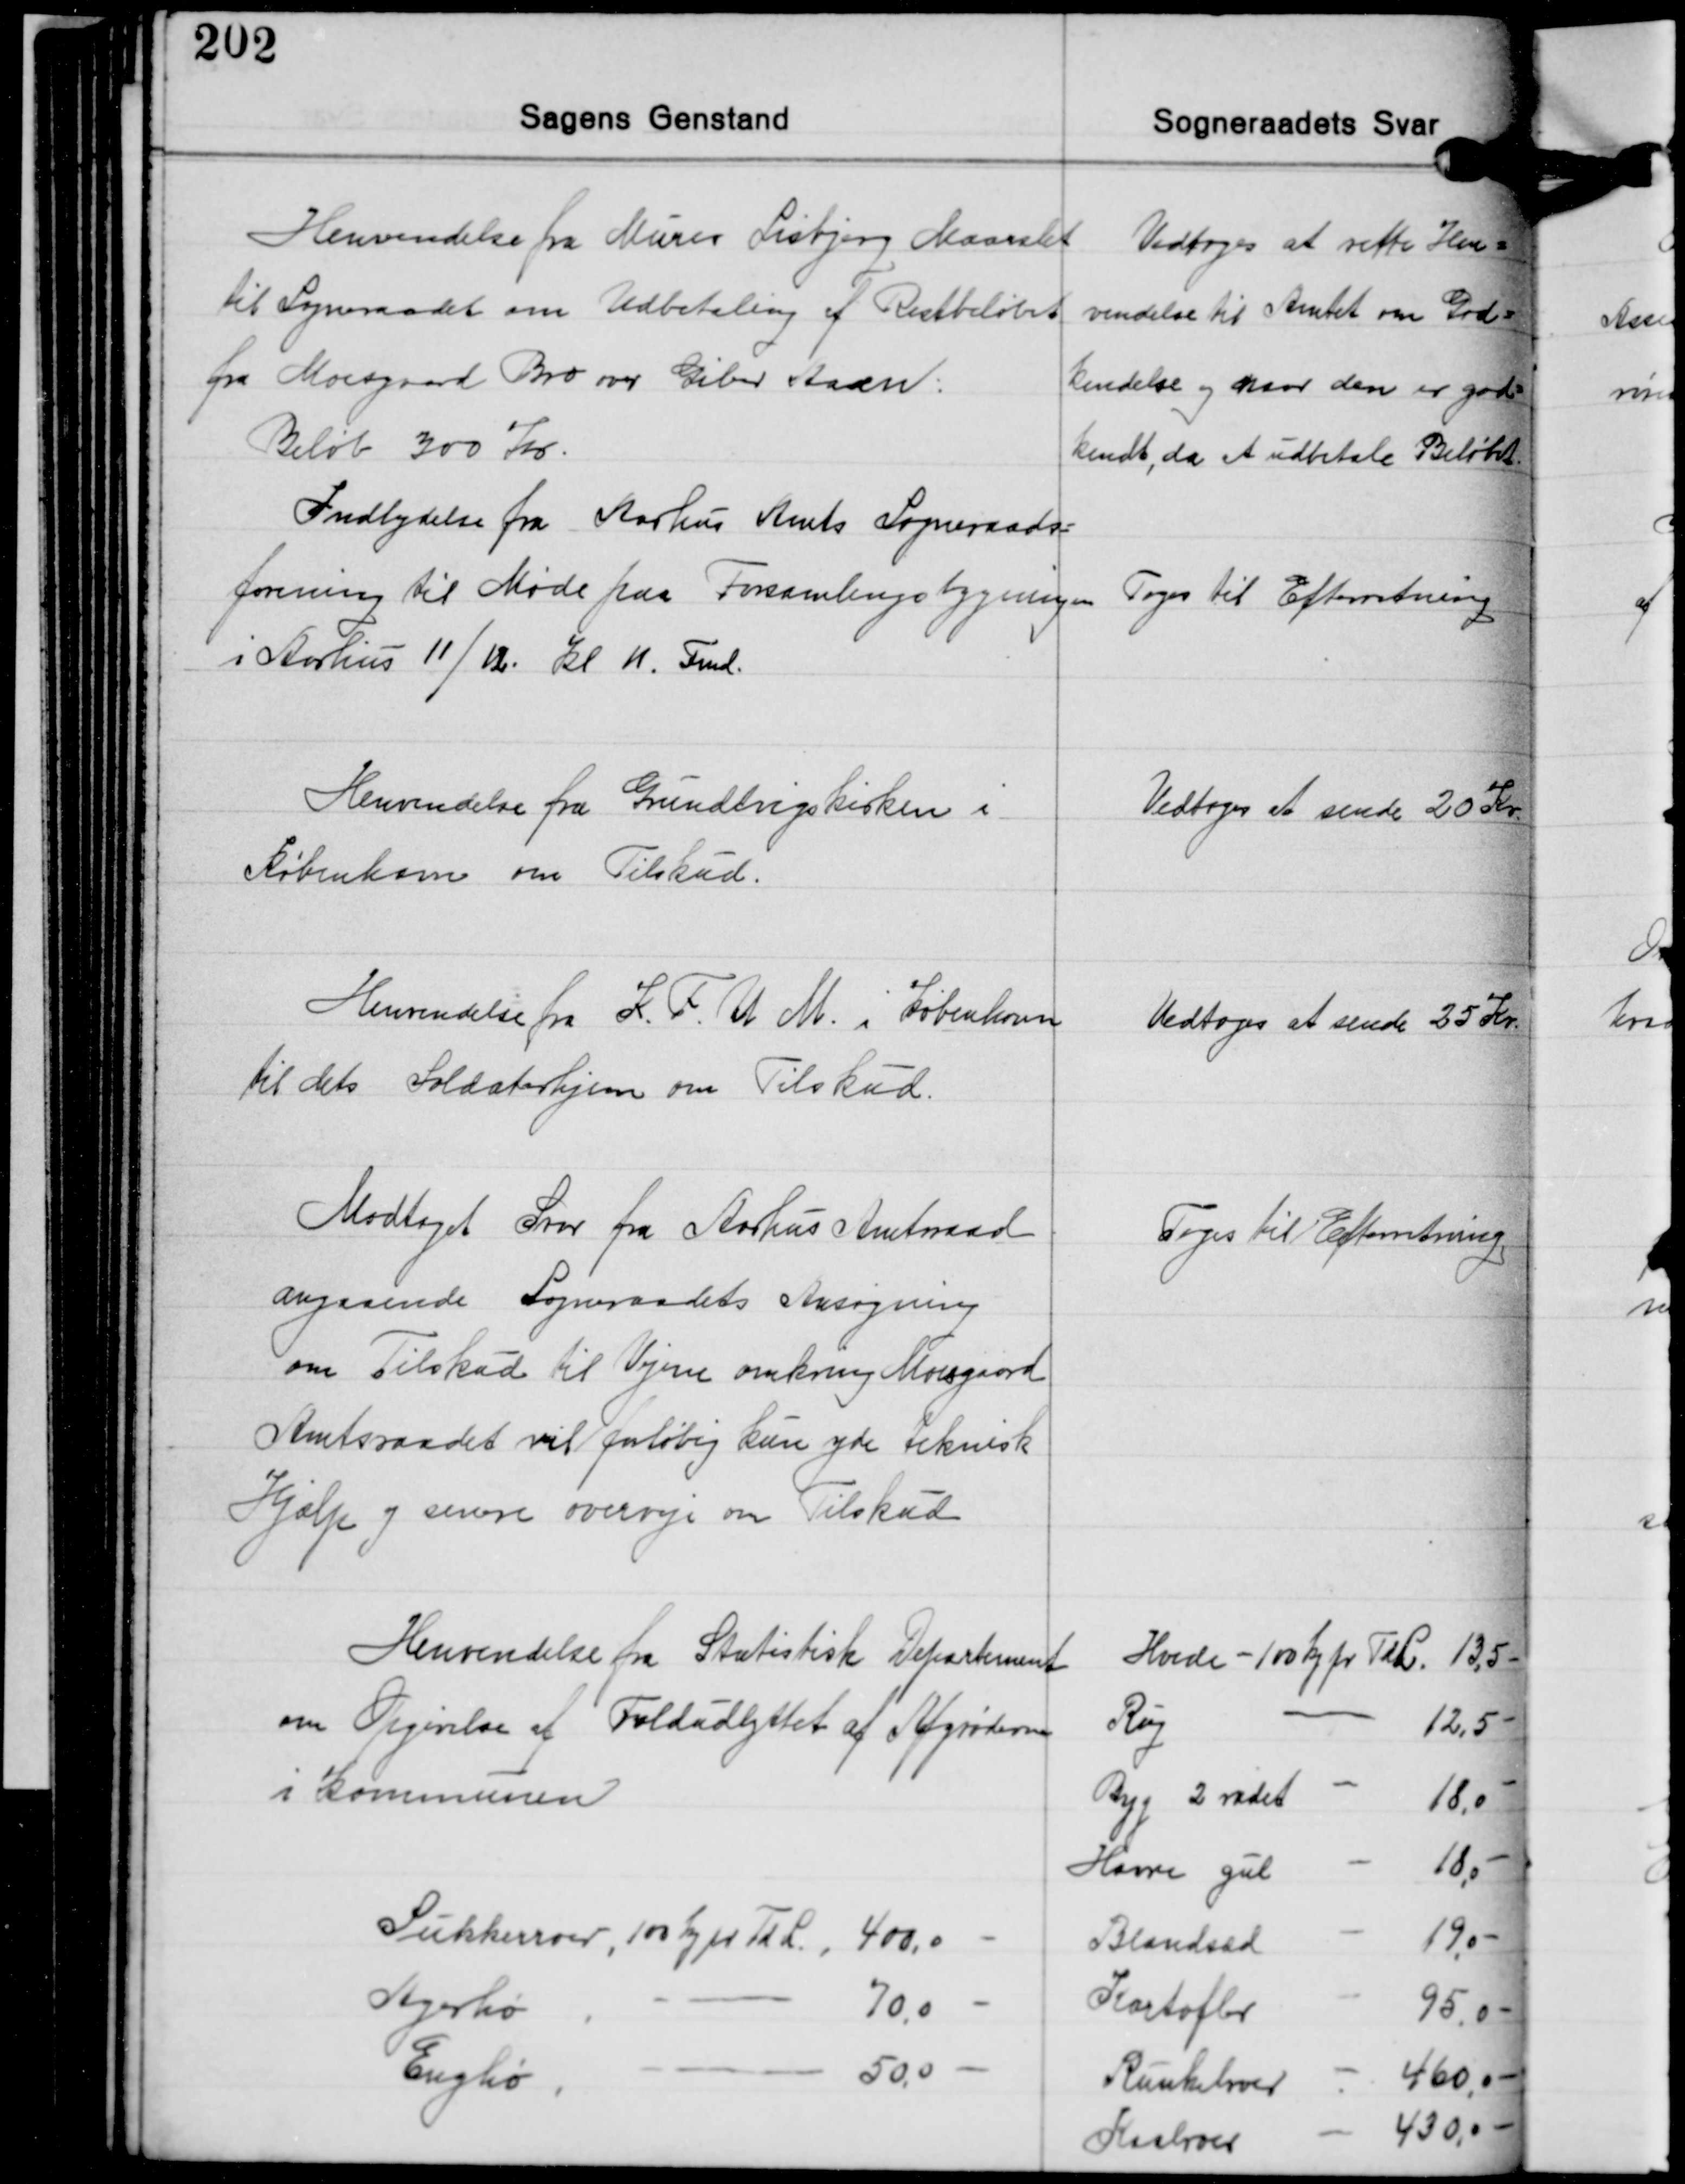
Transskription:
Henvendelse fra Murer Lisbjerg Maarslet
til Sogneraadet om Udbetaling af Restbeløbet
fra Moesgaard Bro over Giber Aaen:
Beløb 300 Kr.

Vedtoges at reftte Hen-
vendelse til Amtet om God-
kendelse og naar den er god-
kendt, da at udbetale Beløbet

Indbydelse fra Aarhus Amts Sogneraads-
forening til Møde paa Forsamlingsbygningen
i Aarhus 11/12. Kl. 11. Fmd.

Toges til Efterretning

Henvendelse fra Grundtvigskirken i
København om Tilskud.

Vedtoges at sende 20 Kr.

Henvendelse fra K.F.U.M. i København
til dets Soldaterhjem om Tilskud.

Vedtoges at sende 25 Kr.

Modtaget Svar fra Aarhus Amtsraad
angaaende Sogneraadets Ansøgning
om Tilskud til Vejene omkring Moesgaard
Amtsraadet vil forløbig kun yde teknisk
Hjælp og senere overveje om Tilskud

Toges til Efterretning

Henvendelse fra Statistisk Departement
om Opgivelse af Foldudbyttet af Afgrøderne
i Kommunen

Hvede - 100 kg pr. Tdl. 13,5 -
Rug - 12,5 -
Byg 2 radet - 18,0 -
Havre gul - 18,0 -
Blandsæd - 19,0 -
Kartofler - 95.0 -
Runkelroer - 460,0 -
Kaalroer - 430,0 -

Sukkeroer, 100 Kg pr. TdL. 400,0 -
Agerhø - 70,0 -
Enghø - 500 -